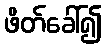
ဖိတ်ခေါ်၍